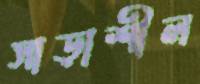
সাড়াশীল